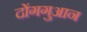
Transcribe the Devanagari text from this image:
दोंगगुआन